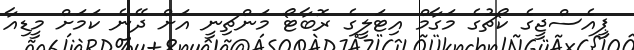
ޕީއެސްޖީގެ ކޯޗުގެ މަގާމް އިޓަލީގެ ރޮބާޓޯ މަންޗިނީ އަށް ދޭނެ ކަމަށް މީޑިއާ